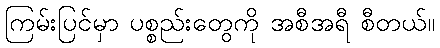
ကြမ်းပြင်မှာ ပစ္စည်းတွေကို အစီအရီ စီတယ်။